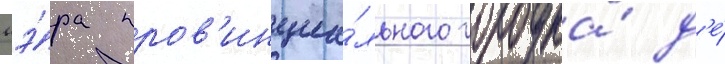
мэ́ра пров'инциа́льного городка́ д'е́